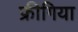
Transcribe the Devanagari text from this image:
फ्रीगिया